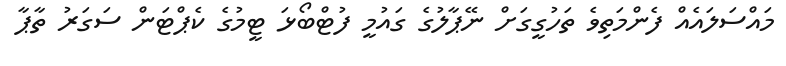
މައްސަލައެއް ފެންމަތިވެ ތަހުގީގަށް ނޭޕާލުގެ ގައުމީ ފުޓްބޯޅަ ޓީމުގެ ކެޕްޓަން ސަގަރު ތާޕާ